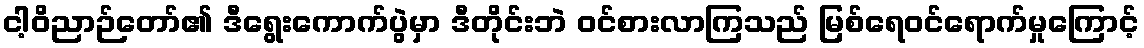
ငါ့ဝိညာဉ်တော်၏ ဒီရွေးကောက်ပွဲမှာ ဒီတိုင်းဘဲ ဝင်စားလာကြသည် မြစ်ရေဝင်ရောက်မှုကြောင့်